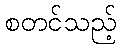
စတင်သည့်